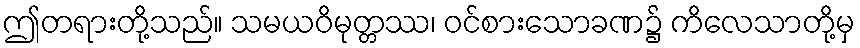
ဤတရားတို့သည်။ သမယဝိမုတ္တဿ၊ ဝင်စားသောခဏ၌ ကိလေသာတို့မှ